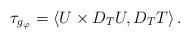
LaTeX: \begin{align*}\tau _{g_{\varphi }}=\left\langle U\times D_{T}U,D_{T}T\right\rangle . \end{align*}